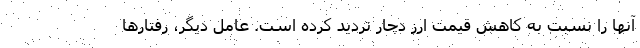
آنها را نسبت به کاهش قیمت ارز دچار تردید کرده است. عامل دیگر، رفتارها